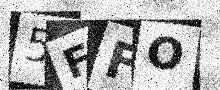
Text: 5FFO